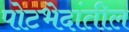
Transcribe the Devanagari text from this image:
पोटभेदांतील